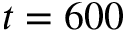
t = 6 0 0